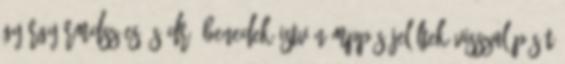
György RMDSZ-es és dr. Benedek István MPP-s jelöltek visszalépését